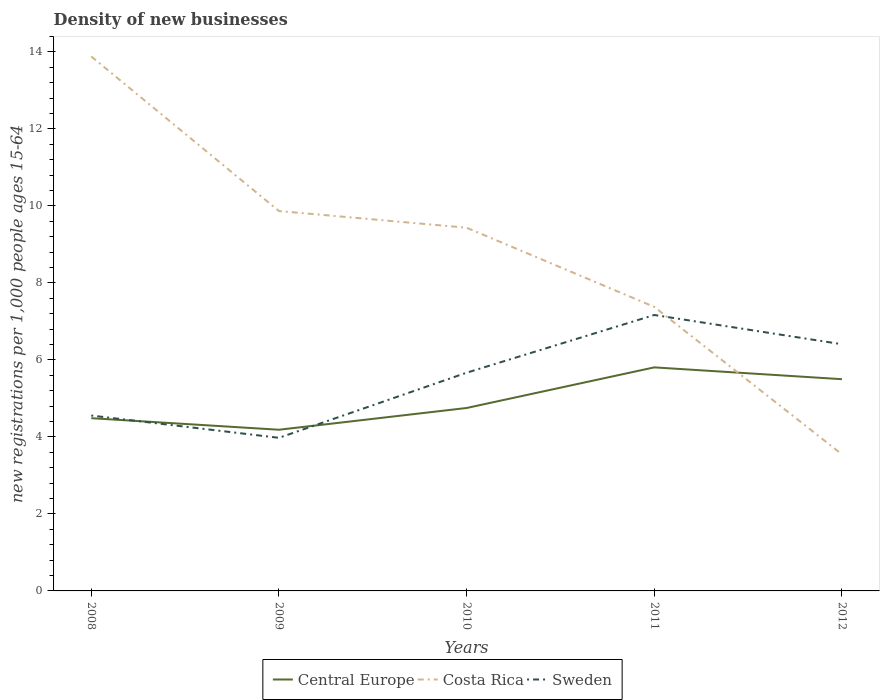
| Years | Central Europe | Costa Rica | Sweden |
 | --- | --- | --- | --- |
 | 2008 | 4.49 | 13.9 | 4.56 |
 | 2009 | 4.19 | 9.87 | 3.98 |
 | 2010 | 4.75 | 9.44 | 5.67 |
 | 2011 | 5.81 | 7.38 | 7.17 |
 | 2012 | 5.5 | 3.55 | 6.41 |